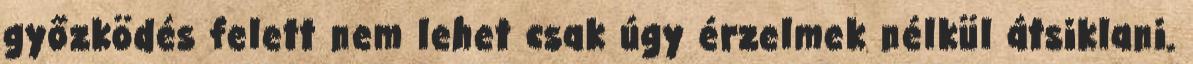
győzködés felett nem lehet csak úgy érzelmek nélkül átsiklani.